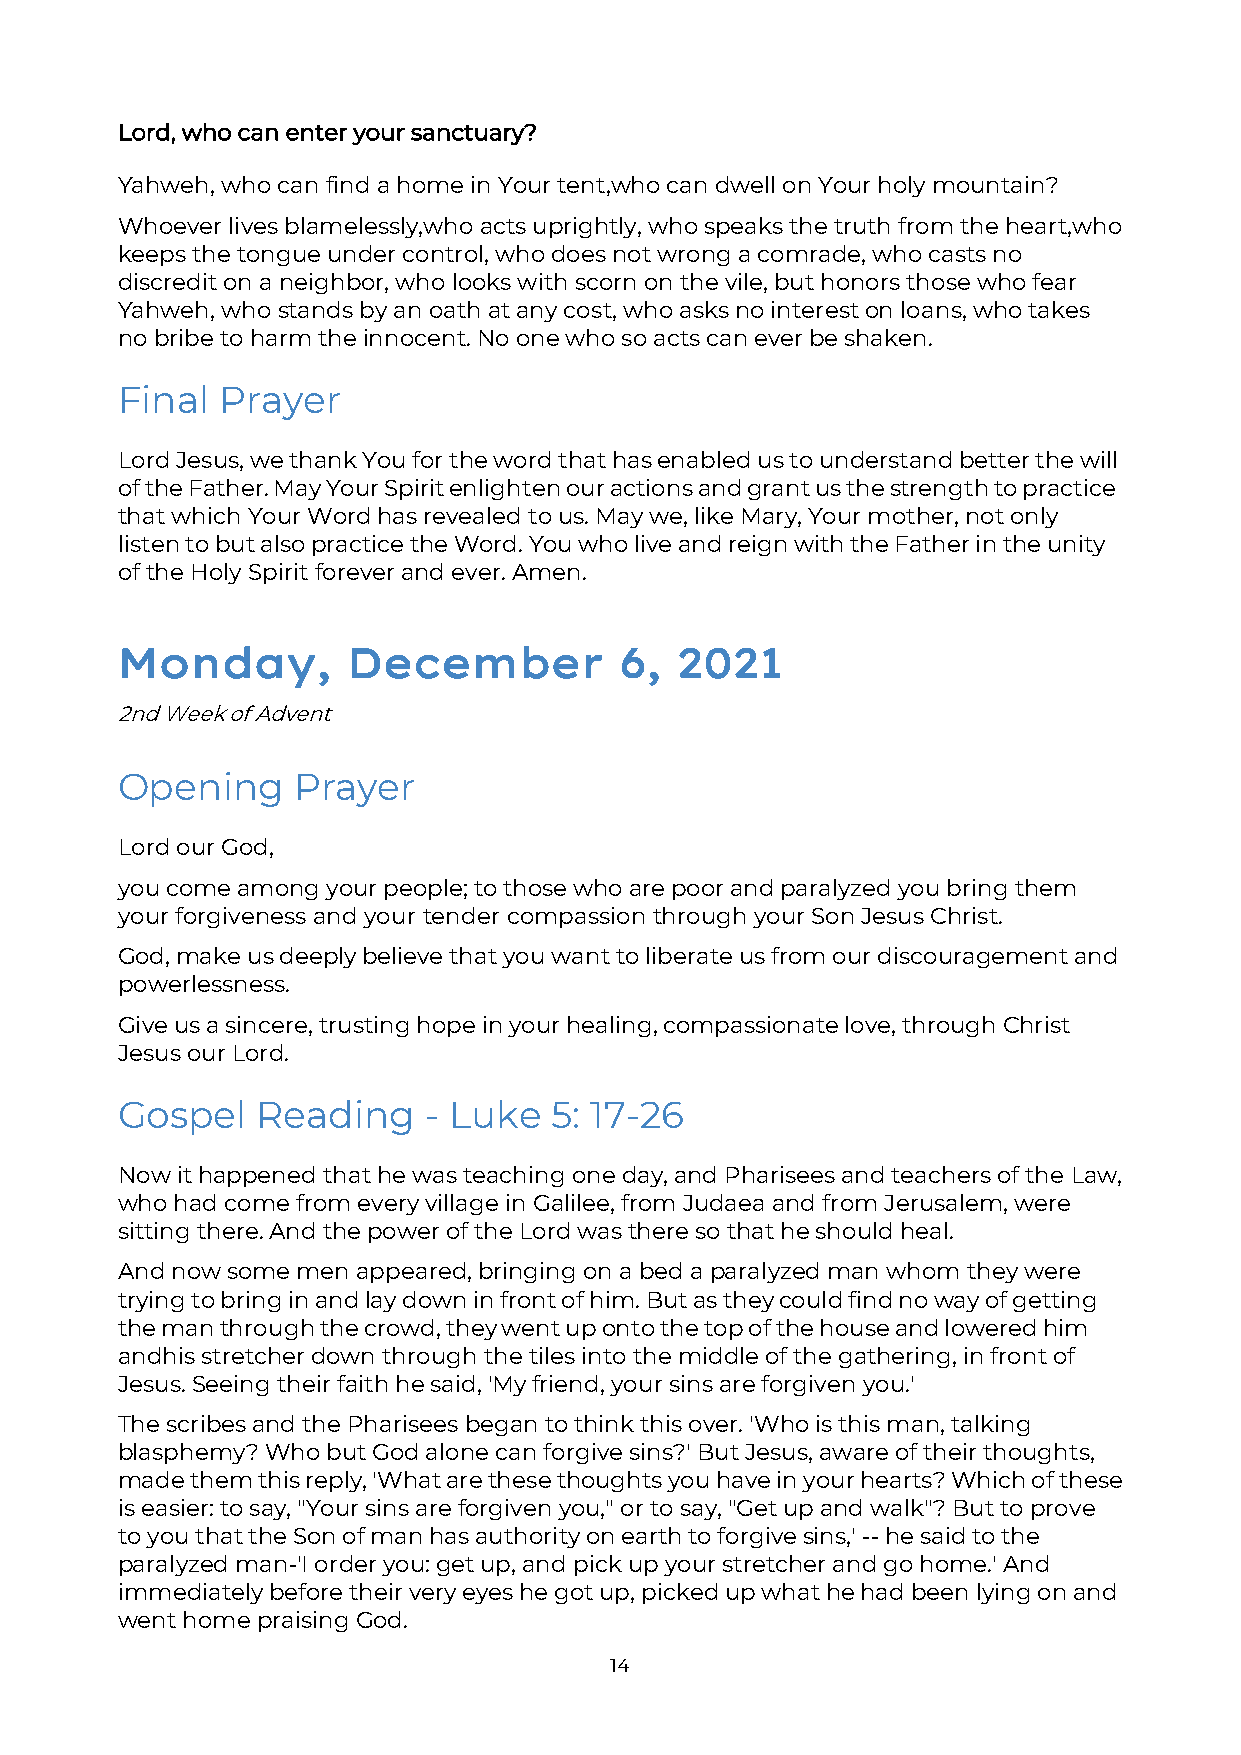
Lord, who can enter your sanctuary?
 Yahweh, who can find a home in Your tent, who can dwell on Your holy mountain?
 Whoever lives blamelessly, who acts uprightly, who speaks the truth from the heart, who
 keeps the tongue under control, who does not wrong a comrade, who casts no
 discredit on a neighbor, who looks with scorn on the vile, but honors those who fear
 Yahweh, who stands by an oath at any cost, who asks no interest on loans, who takes
 no bribe to harm the innocent. No one who so acts can ever be shaken.
 Final Prayer
 Lord Jesus, we thank You for the word that has enabled us to understand better the will
 of the Father. May Your Spirit enlighten our actions and grant us the strength to practice
 that which Your Word has revealed to us. May we, like Mary, Your mother, not only
 listen to but also practice the Word. You who live and reign with the Father in the unity
 of the Holy Spirit forever and ever. Amen.
 Monday,        December          6,  2021
 2nd Week of Advent
 Opening    Prayer
 Lord our God,
 you come among your people; to those who are poor and paralyzed you bring them
 your forgiveness and your tender compassion through your Son Jesus Christ.
 God, make us deeply believe that you want to liberate us from our discouragement and
 powerlessness.
 Give us a sincere, trusting hope in your healing, compassionate love, through Christ
 Jesus our Lord.
 Gospel   Reading    - Luke  5: 17-26
 Now it happened that he was teaching one day, and Pharisees and teachers of the Law,
 who had come from every village in Galilee, from Judaea and from Jerusalem, were
 sitting there. And the power of the Lord was there so that he should heal.
 And now some men appeared, bringing on a bed a paralyzed man whom they were
 trying to bring in and lay down in front of him. But as they could find no way of getting
 the man through the crowd, they went up onto the top of the house and lowered him
 and his stretcher down through the tiles into the middle of the gathering, in front of
 Jesus. Seeing their faith he said, 'My friend, your sins are forgiven you.'
 The scribes and the Pharisees began to think this over. 'Who is this man, talking
 blasphemy? Who but God alone can forgive sins?' But Jesus, aware of their thoughts,
 made them this reply, 'What are these thoughts you have in your hearts? Which of these
 is easier: to say, "Your sins are forgiven you," or to say, "Get up and walk"? But to prove
 to you that the Son of man has authority on earth to forgive sins,' -- he said to the
 paralyzed man-'I order you: get up, and pick up your stretcher and go home.' And
 immediately before their very eyes he got up, picked up what he had been lying on and
 went home praising God.
 14